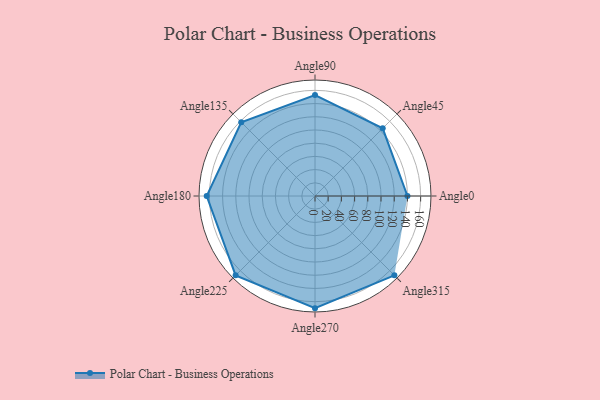
{"axis": {"x": "Angle", "y": "Radius"}, "legend": [""], "data": [{"x": "Angle0", "y": 140.0, "type": ""}, {"x": "Angle45", "y": 145.0, "type": ""}, {"x": "Angle90", "y": 153.0, "type": ""}, {"x": "Angle135", "y": 158.0, "type": ""}, {"x": "Angle180", "y": 164.0, "type": ""}, {"x": "Angle225", "y": 170, "type": ""}, {"x": "Angle270", "y": 170, "type": ""}, {"x": "Angle315", "y": 170, "type": ""}]}